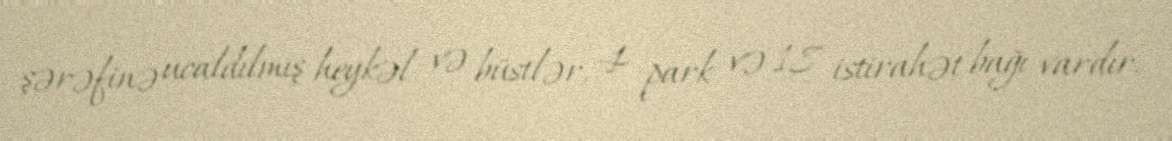
şərəfinə ucaldılmış heykəl və büstlər, 4 park və 18 istirahət bağı vardır.